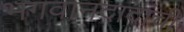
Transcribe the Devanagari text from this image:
भगवानदादांची